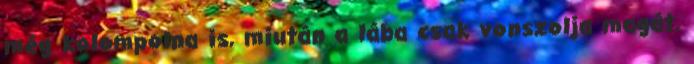
még kolompolna is, miután a lába csak vonszolja magát,